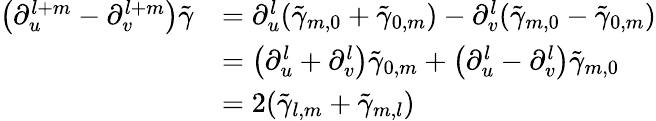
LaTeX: \begin{array}{rl}{\big(\partial_{u}^{l+m}-\partial_{v}^{l+m}\big)\tilde{\gamma}}&{=\partial_{u}^{l}(\tilde{\gamma}_{m,0}+\tilde{\gamma}_{0,m})-\partial_{v}^{l}(\tilde{\gamma}_{m,0}-\tilde{\gamma}_{0,m})}\\ &{=\big(\partial_{u}^{l}+\partial_{v}^{l}\big)\tilde{\gamma}_{0,m}+\big(\partial_{u}^{l}-\partial_{v}^{l}\big)\tilde{\gamma}_{m,0}}\\ &{=2(\tilde{\gamma}_{l,m}+\tilde{\gamma}_{m,l})}\end{array}